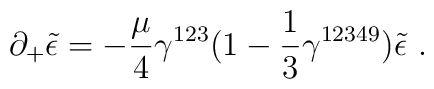
\partial_+ \tilde{\epsilon} = -\frac{\mu}{4}\gamma^{123}   (1-\frac{1}{3}\gamma^{12349})\tilde{\epsilon}~.